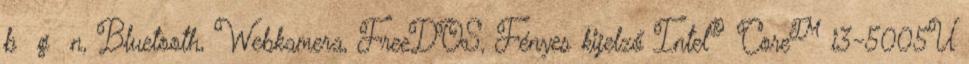
b g n, Bluetooth, Webkamera, FreeDOS, Fényes kijelző Intel® Core™ i3-5005U